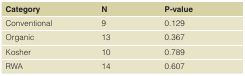
<table><thead><tr><td><b>Category</b></td><td><b>N</b></td><td><b>P-value</b></td></tr></thead><tbody><tr><td>Conventional</td><td>9</td><td>0.129</td></tr><tr><td>Organic</td><td>13</td><td>0.367</td></tr><tr><td>Kosher</td><td>10</td><td>0.789</td></tr><tr><td>RWA</td><td>14</td><td>0.607</td></tr></tbody></table>